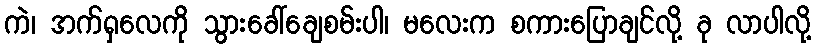
ကဲ၊ အက်ရှလေကို သွားခေါ်ချေစမ်းပါ၊ မလေးက စကားပြောချင်လို့ ခု လာပါလို့